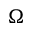
\Omega